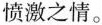
愤激之情。